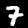
Label: 7